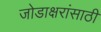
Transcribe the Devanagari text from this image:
जोडाक्षरांसाठी